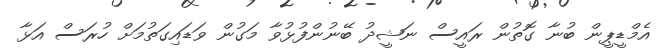
އެމްޑީޕީން ބުނާ ގޮތުން ރައީސް ނަޝީދު ބޭނުންފުޅުވާ މަގުން ވަޑައިގަތުމަށް ހުރަސް އަޅާ